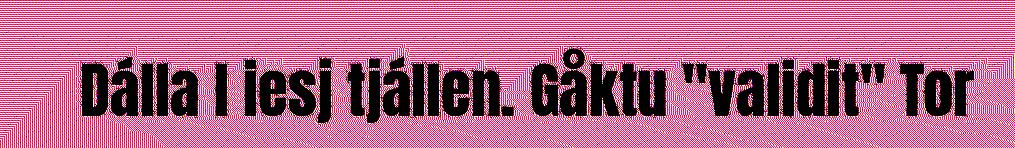
Dálla l iesj tjállen. Gåktu "validit" Tor